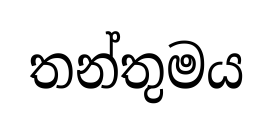
තන්තුමය